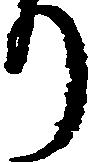
り